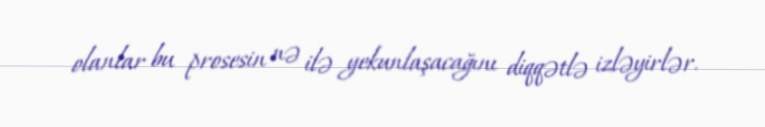
olanlar bu prosesin nə ilə yekunlaşacağını diqqətlə izləyirlər.